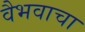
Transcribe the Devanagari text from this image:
वैभवाचा